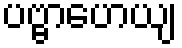
ပဗ္ဗာဟေယျ